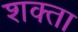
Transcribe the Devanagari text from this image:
शक्ता